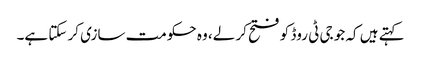
کہتے ہیں کہ جو جی ٹی روڈ کو فتح کر لے، وہ حکومت سازی کر سکتا ہے۔